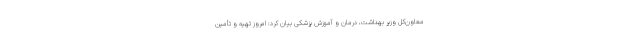
معاون‌کل وزیر بهداشت، درمان و آموزش پزشکی بیان کرد: امروز تهیه و تأمین